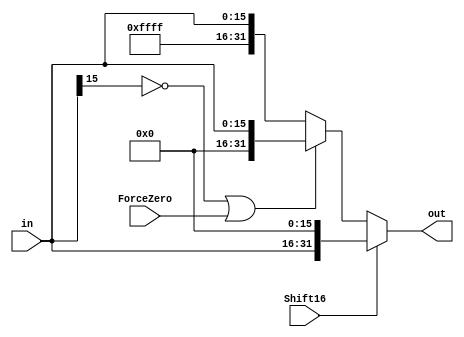
`timescale 1ns / 1ps
////////////////////////////////////////////////////////////////////////////////
// ECE369 - Computer Architecture
// 
// Module - SignExtension.v
// Description - Sign extension module.
////////////////////////////////////////////////////////////////////////////////
module SignExtension(in, out, ForceZero, Shift16);

    /* A 16-Bit input word */
    input [15:0] in;
    input Shift16;
    input ForceZero;
    
    /* A 32-Bit output word */
    output[31:0] out;
    
    reg [31:0] out;
    
    always@(in, ForceZero, Shift16) begin
        if (Shift16)
            out = {in, 16'b0};
        else if (in[15] == 0 || ForceZero)
            out = {16'b0, in};
        else
            out = {16'd65535, in};
    end

endmodule